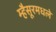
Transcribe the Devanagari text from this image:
म्हैसूरमधले